342_HS1-416511228_319.1 Flying Discs 1949
Agency: Department of War
Incident date: 1/9/50
Page 76
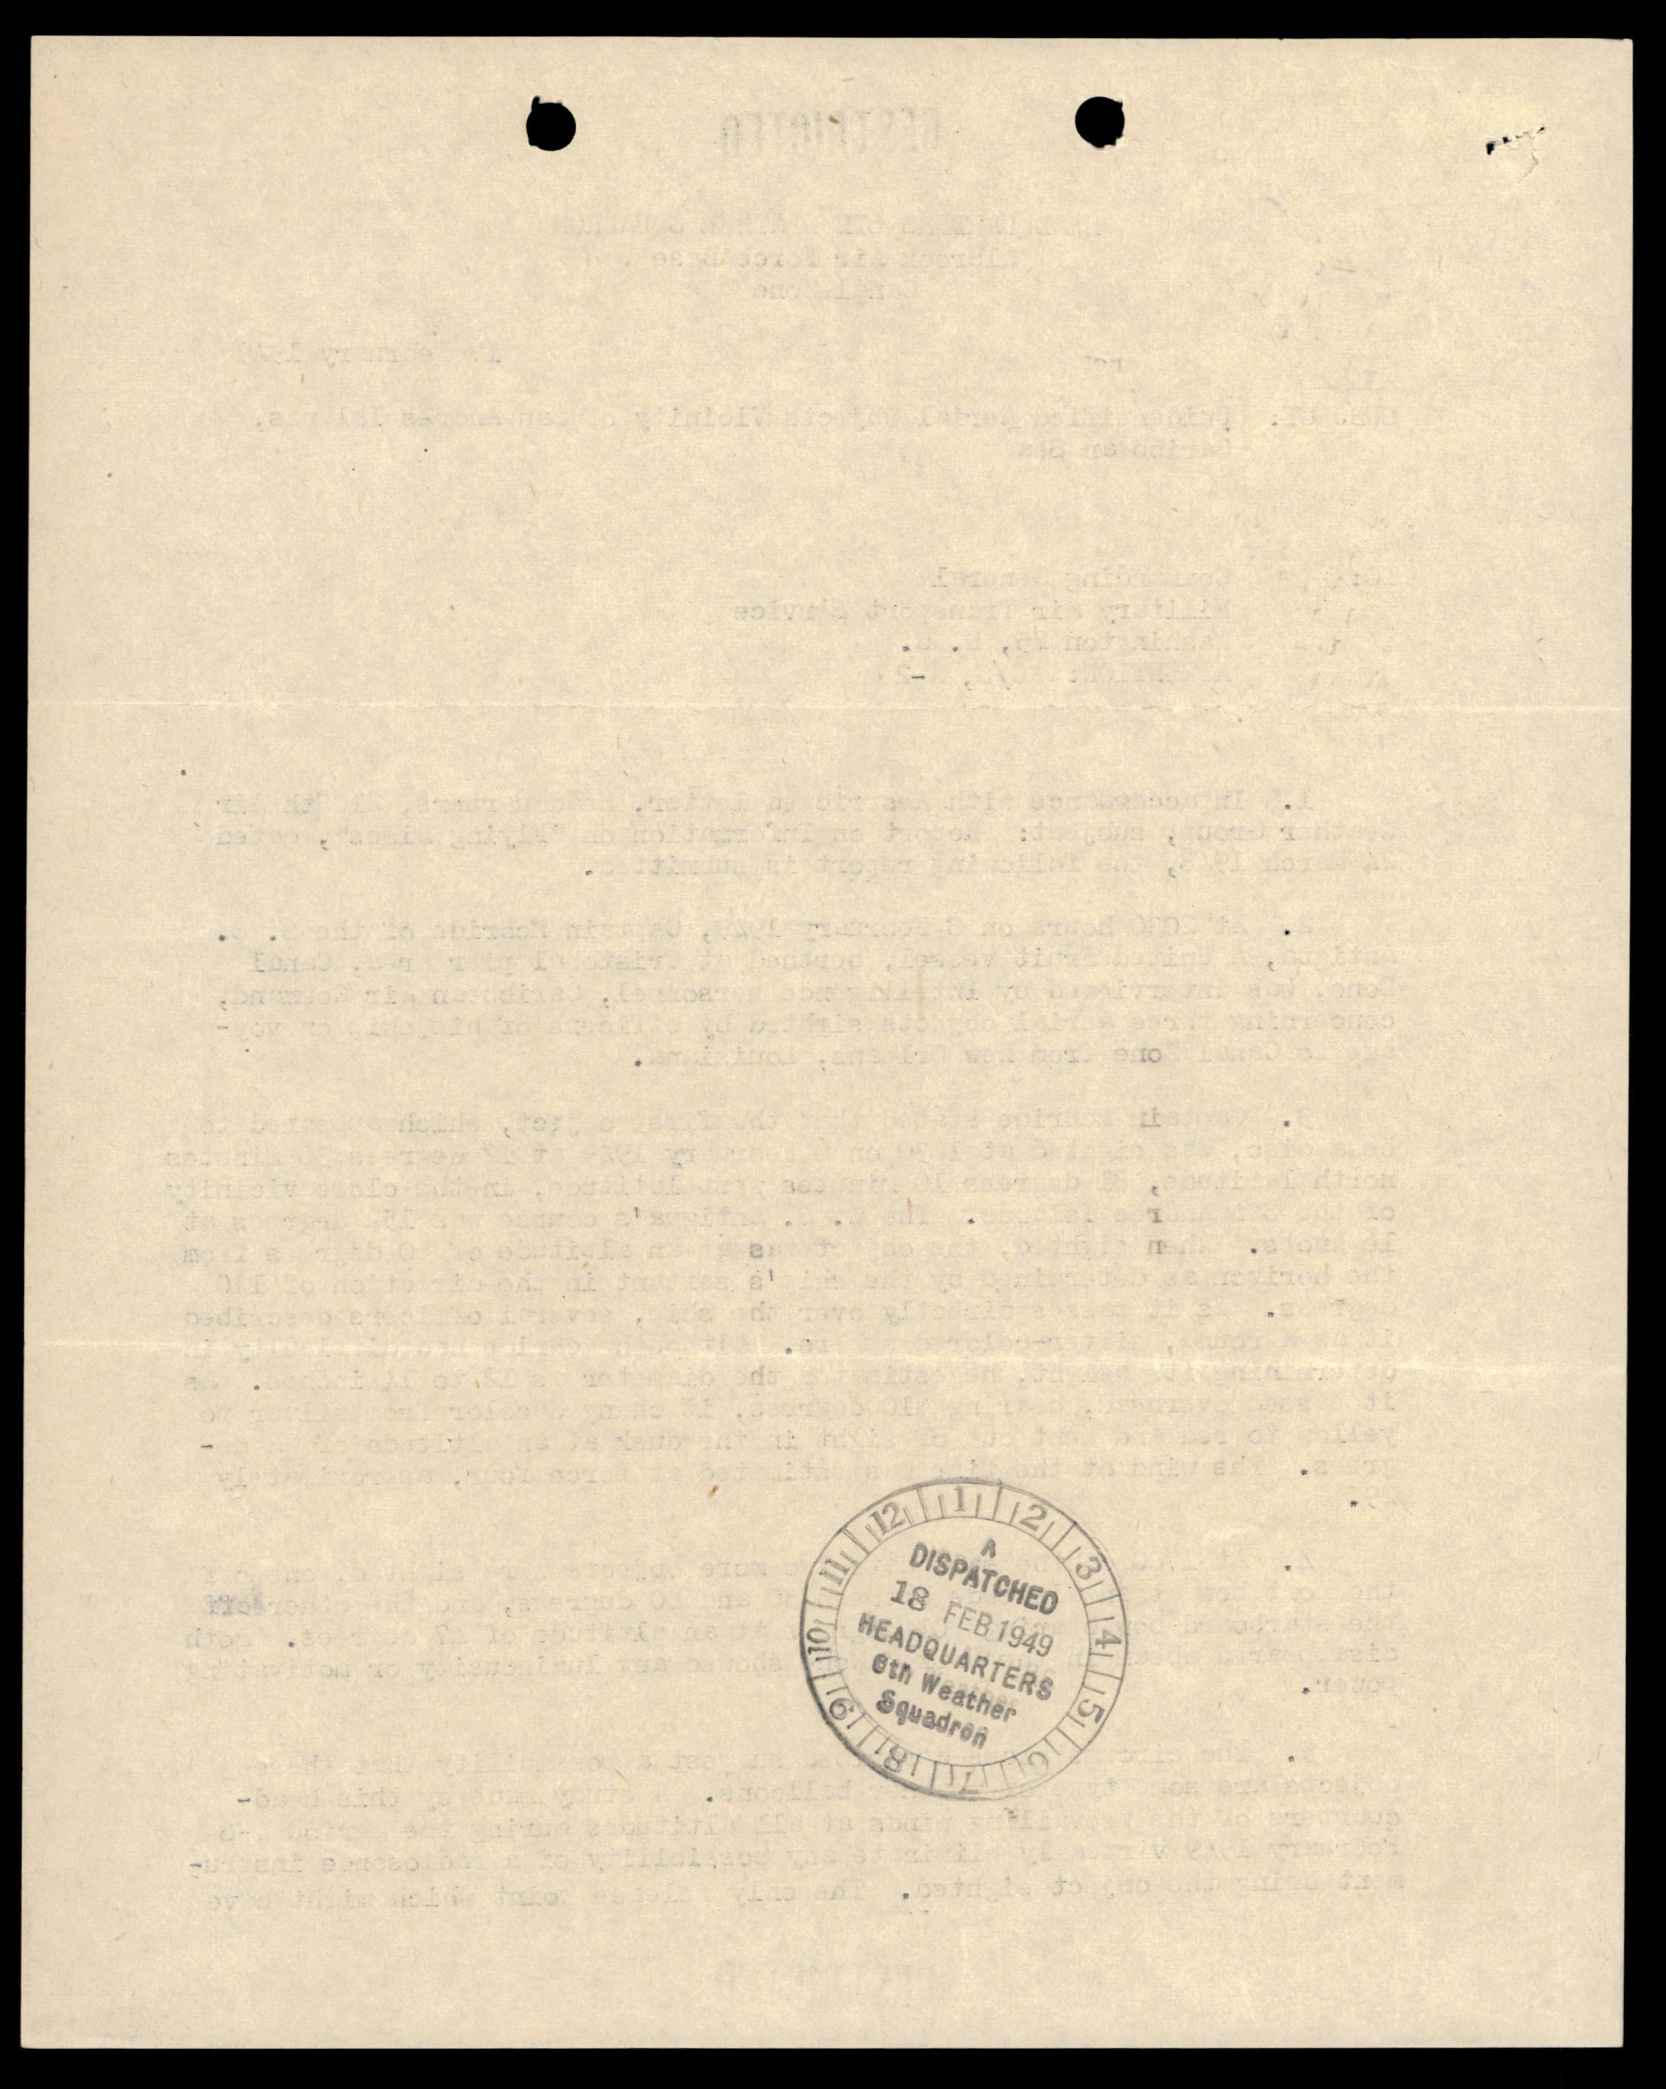